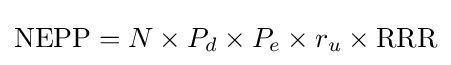
{\text{NEPP}}=N\times P_{d}\times P_{e}\times r_{u}\times {\text{RRR}}